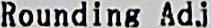
ROUNDING ADJ